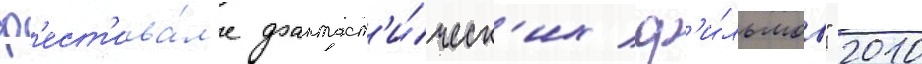
ф'ест'ива́л'е фантаст'и́ческ'их ф'и́льмов" 2010